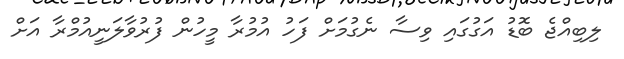
ލިބިއްޖެ ބޮޑު އަގުގައި ވިސާ ނެގުމަށް ފަހު އުމުރާ މީހުން ފުރުވާލަނީއުމްރާ އަށް